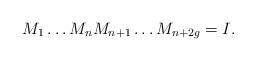
LaTeX: \begin{align*}M_{1}\dots M_{n}M_{n+1}\dots M_{n+2g}=I.\end{align*}